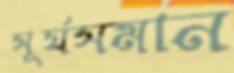
সূর্যসমান